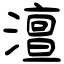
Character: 澶